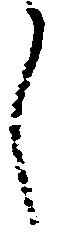
し